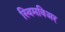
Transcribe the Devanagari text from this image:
स्विमविअर